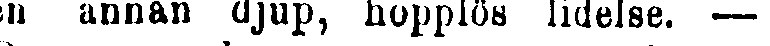
en annan djup, hopplös lidelse. —